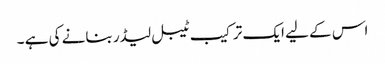
اس کے لیے ایک ترکیب ٹیبل لیڈر بنانے کی ہے ۔